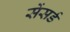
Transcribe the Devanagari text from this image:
सेंसर्ड